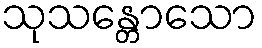
သုသန္တောသော